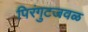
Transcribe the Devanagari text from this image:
पिरंगुटजवळ